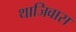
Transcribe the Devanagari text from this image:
थाजिवास